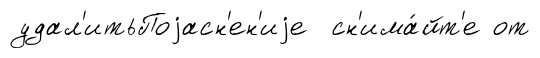
удал'итьПоjасн'ен'иjе сн'има́йт'е от